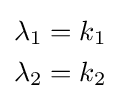
{\begin{aligned}\lambda _{1}&=k_{1}\\\lambda _{2}&=k_{2}\end{aligned}}